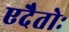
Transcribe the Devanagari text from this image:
एदैतोः